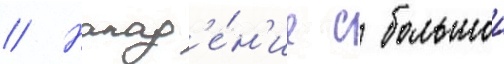
// Напад'е́н'ие с большои